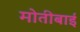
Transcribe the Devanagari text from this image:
मोतीबाई